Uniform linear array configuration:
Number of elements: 4
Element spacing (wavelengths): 0.25
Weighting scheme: uniform
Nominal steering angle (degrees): -30
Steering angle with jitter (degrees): -30.377
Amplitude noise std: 0.05
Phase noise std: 0.05

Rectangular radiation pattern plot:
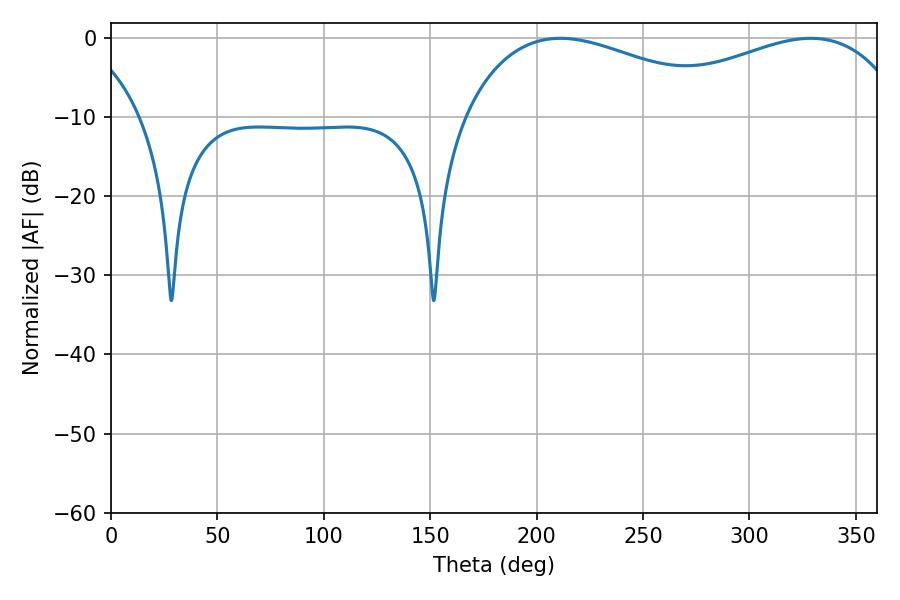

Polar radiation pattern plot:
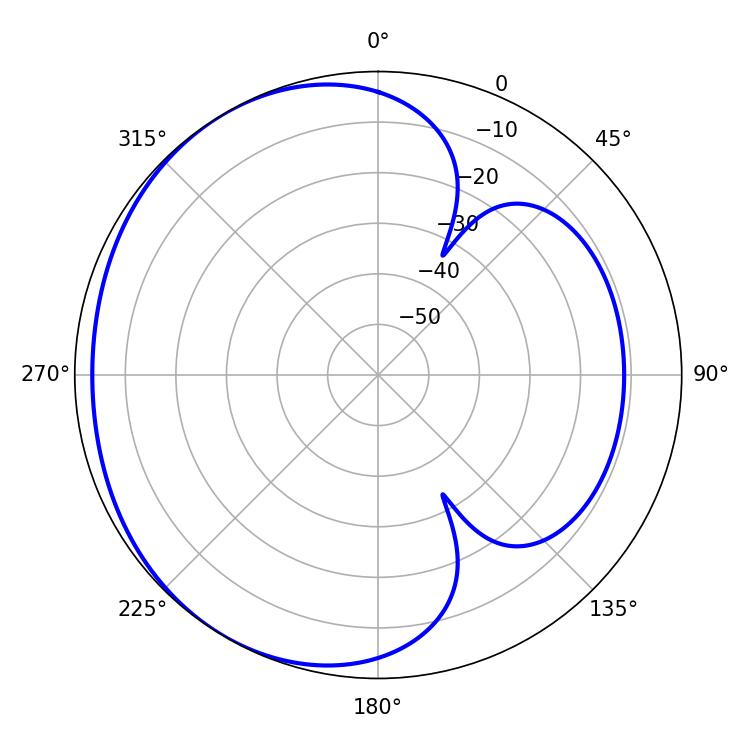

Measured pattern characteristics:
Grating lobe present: FALSE
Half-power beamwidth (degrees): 72
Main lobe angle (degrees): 211.14